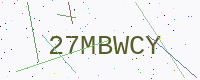
Text: 27MBWCY